Veterinary regulations India, 1939 -
Year: 1939
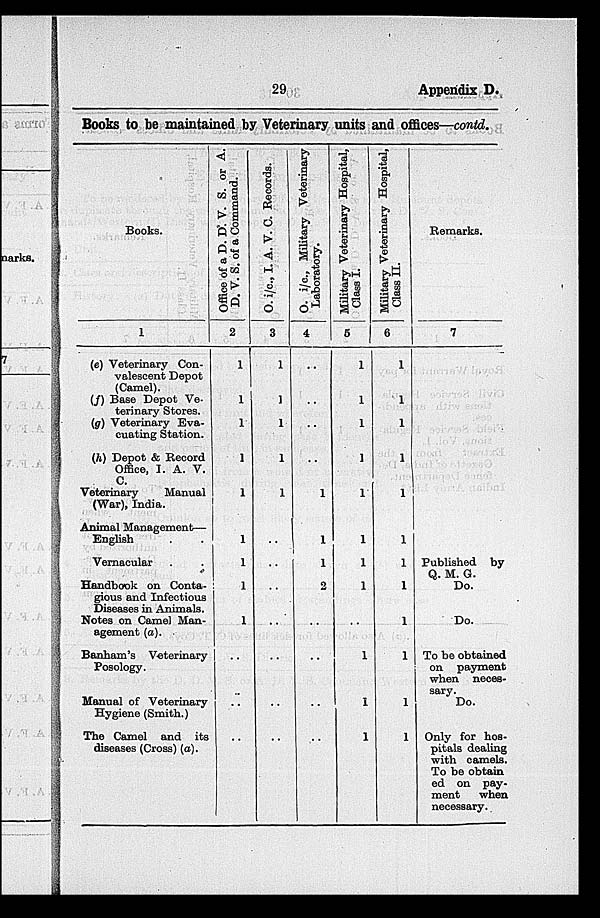
29
Appendix D.
Books to be maintained by Veterinary units and offices—contd.
Books.
1
(e) Veterinary Con-
valescent Depot
(Camel).
(f) Base Depot Ve-
terinary Stores.
(g) Veterinary Eva-
cuating Station.
(h) Depot & Record
Office, I. A. V.
C.
Veterinary
Manual
(War), India.
Animal Management—
English . .
Vernacular . .
Handbook on Conta-
gious and Infectious
Diseases in Animals.
Notes on Camel Man-
agement (a).
Banham's Veterinary
Posology.
Manual of Veterinary
Hygiene (Smith.)
The Camel and its
diseases (Cross) (a).
Office of a D. D. V. S. or A.
D. V. S. of a Command.
2
1
1
1
1
1
1
1
1
1
..
..
..
O.
i/c.,
I. A. V. C. Records.
3
1
1
1
1
1
..
..
..
..
..
..
..
O.
i/c.,
Military Veterinary
Laboratory.
4
..
..
..
..
1
1
1
2
..
..
..
..
Military Veterinary Hospital,
Class I.
5
1
1
1
1
1
1
1
1
..
1
1
1
Military Veterinary Hospital,
Class II.
6
1
1
1
1
1
1
1
1
1
1
1
1
Remarks.
7
Published by
Q. M. G.
Do.
Do.
To be obtained
on payment
when neces-
sary.
Do.
Only for hos-
pitals dealing
with camels.
To be obtain
ed on pay-
ment
when
necessary.